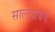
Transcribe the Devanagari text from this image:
साल्ट्ज़बर्ग